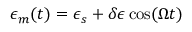
\epsilon _ { m } ( t ) = \epsilon _ { s } + \delta \epsilon \, \mathrm { c o s } ( \Omega t )